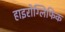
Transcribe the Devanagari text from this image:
हाइरोग्लिफिक